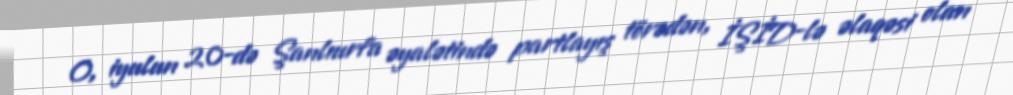
O, iyulun 20-də Şanlıurfa əyalətində partlayış törədən, İŞİD-lə əlaqəsi olan